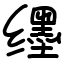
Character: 𬙊